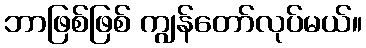
ဘာဖြစ်ဖြစ် ကျွန်တော်လုပ်မယ်။